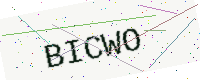
Text: BICWO